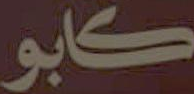
كابو